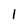
Character: 1